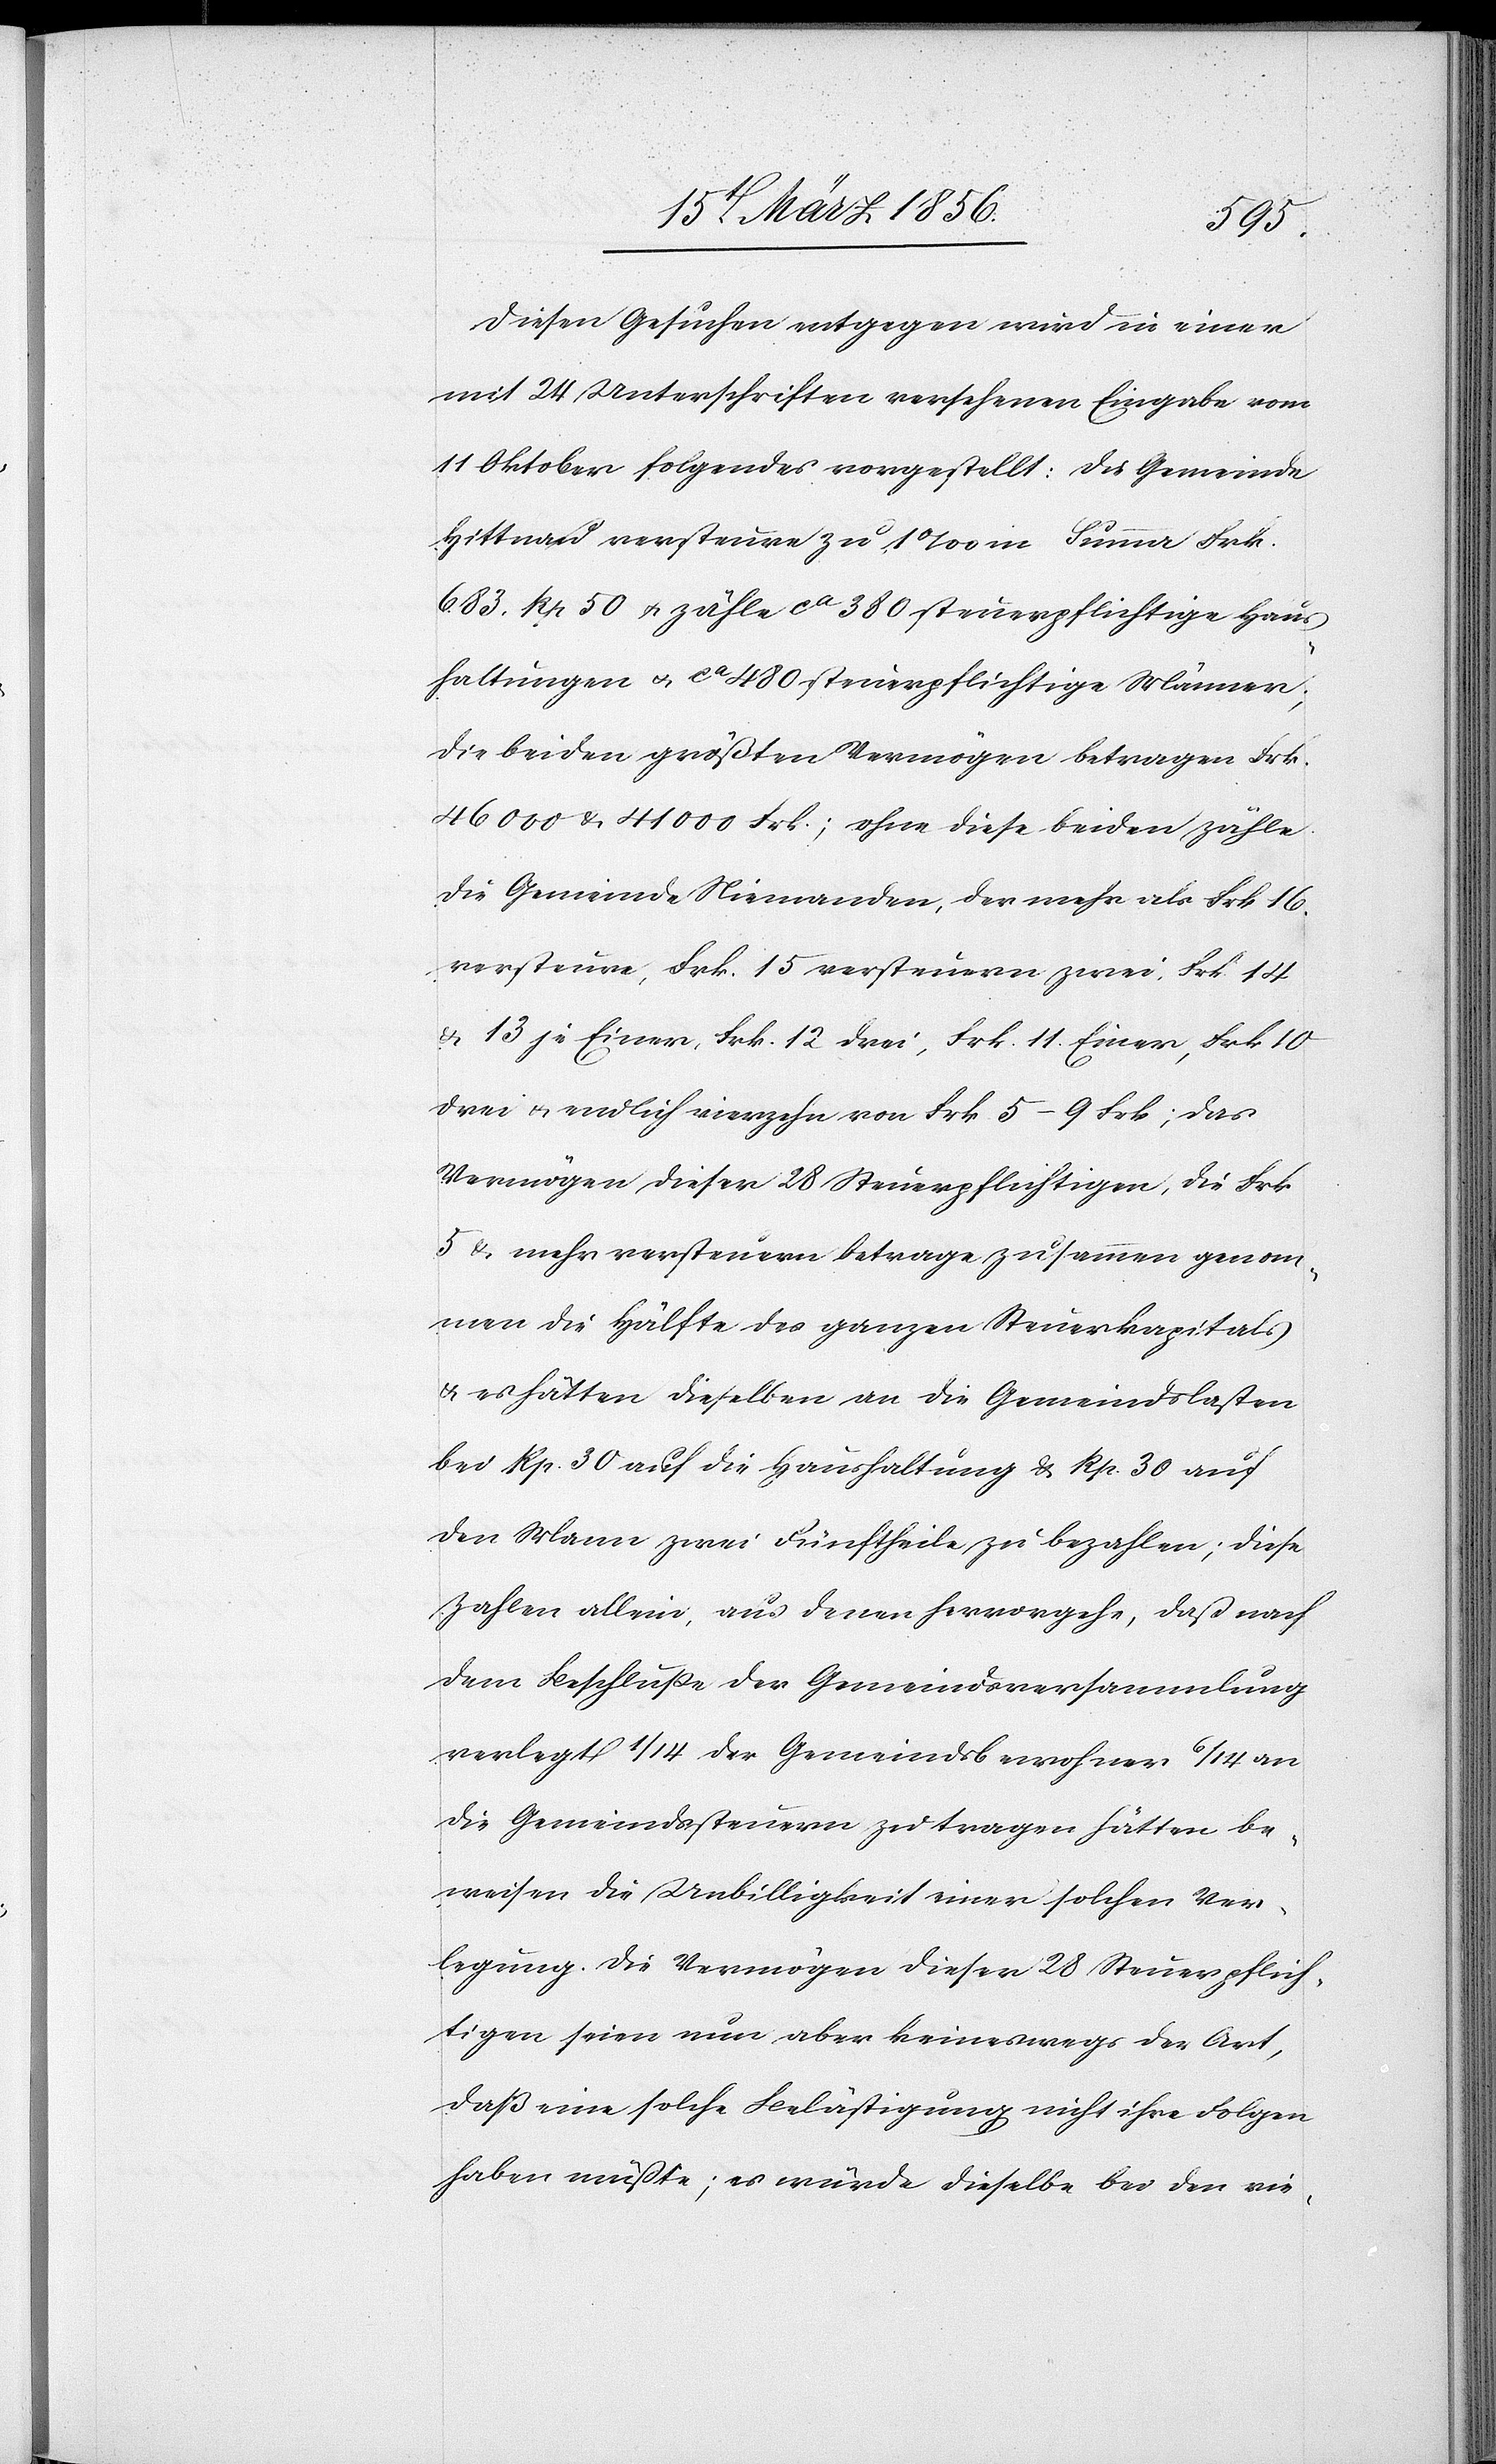
Diesen Gesuchen entgegen wird in einer
mit 24 Unterschriften versehenen Eingabe vom
11 Oktober folgendes vorgestellt: Die Gemeinde
Hittnau versteure zu 1‰ in Summa Frk.
683. Rp 50 u. zähle ca 380 steuerpflichtige Haus¬
haltungen u. ca 480 steuerpflichtige Männer;
die beiden größten Vermögen betragen Frk.
46000 & 41000 Frk.; ohne diese beiden zähle
die Gemeinde Niemanden, der mehr als Frk 16.
versteure, Frk. 15 versteuern zwei, Frk 14
& 13 je Einer, Frk. 12 drei, Frk. 11. Einer, Frk 10
drei & endlich vierzehn von Frk 5–9 Frk; das
Vermögen dieser 28 Steuerpflichtigen, die Frk
5 & mehr versteuern betrage zusammen genom¬
men die Hälfte des ganzen Steuerkapitals
& es hätten dieselben an die Gemeindslasten
bei Rp. 30 auf die Haushaltung & Rp. 30 auf
den Mann zwei Fünftheile zu bezahlen; diese
Zahlen allein, aus denen hervorgehe, daß nach
dem Beschluße der Gemeindsversammlung
verlegt 1/14 der Gemeindsbewohner 6/14 an
die Gemeindssteuern zu tragen hätten be¬
weisen die Unbilligkeit einer solchen Ver¬
legung. Die Vermögen dieser 28 Steuerpflich¬
tigen seien nun aber keineswegs der Art,
daß eine solche Belästigung nicht ihre Folgen
haben müßte; es würde dieselbe bei den vie-